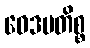
ဝေဒမတိစ္စ